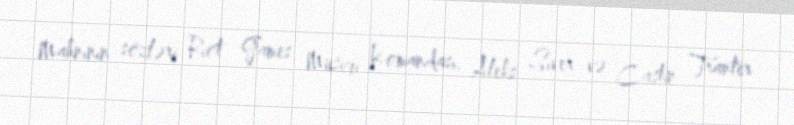
Mahnının sözləri Riot Games Musiqi Komandası, Aleks Siver və Castin Tranter